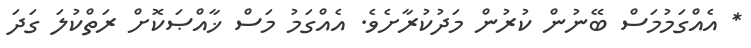
* އެއްގަމުމަސް ބޭނުން ކުރުން މަދުކުރާށެވެ. އެއްގަމު މަސް ޚާއްޞަކޮށް ރަތްކުލަ ގަދަ